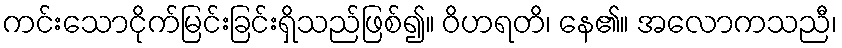
ကင်းသောငိုက်မြင်းခြင်းရှိသည်ဖြစ်၍။ ဝိဟရတိ၊ နေ၏။ အလောကသညီ၊